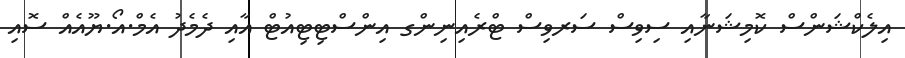
އިލެކްޝަންސް ކޮމިޝަނާއި ސިވިސް ސަރވިސް ޓްރެއިނިންގ އިންސްޓިޓިއުޓް އާއި ދެމެދު އެމް.އޯ.ޔޫއެއް ސޮއި